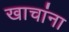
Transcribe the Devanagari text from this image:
खाचांना